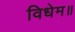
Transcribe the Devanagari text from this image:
विधेम॥